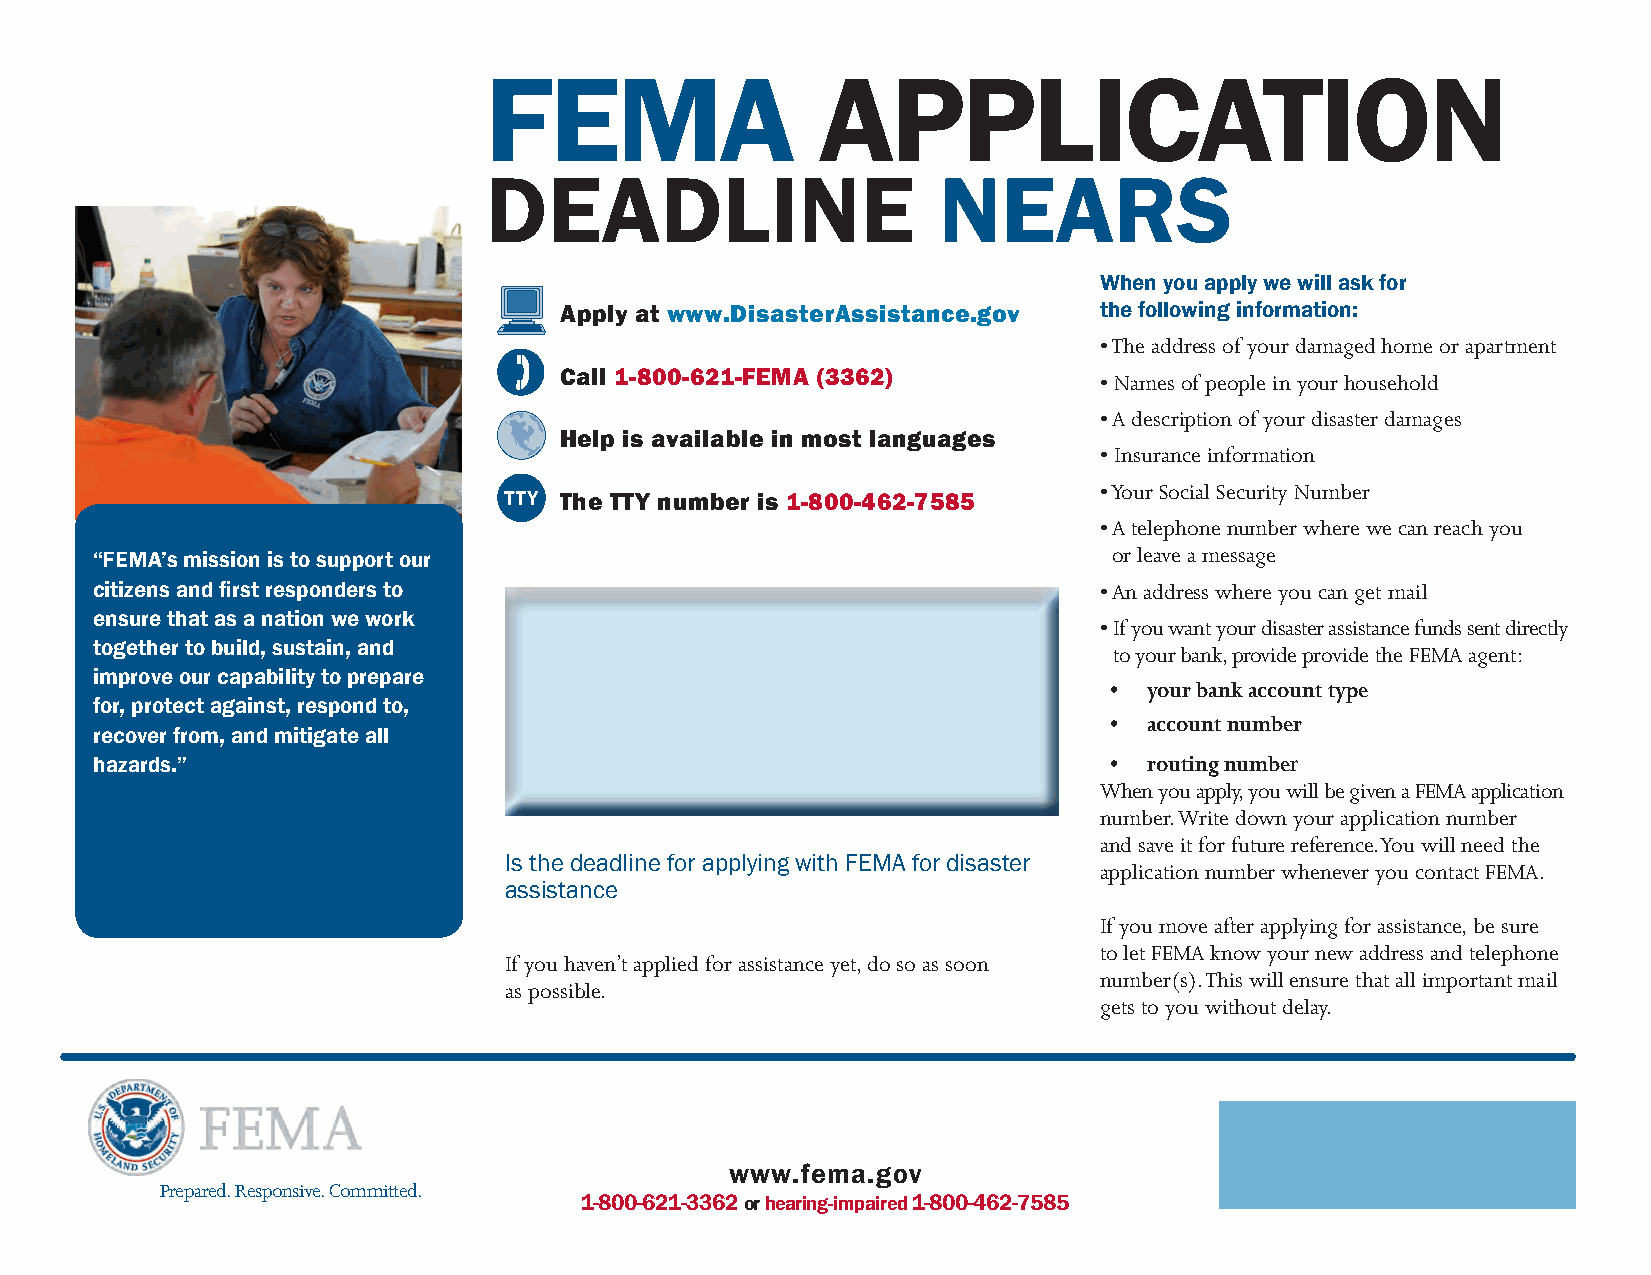
FEMA                  APPLICATION
 DEADLINE                      NEARS
 When you apply we will ask for
 Apply at www.DisasterAssistance.gov the following information:
 • The address of your damaged home or apartment
 Call 1-800-621-FEMA (3362)          • Names of people in your household
 • A description of your disaster damages
 Help is available in most languages
 • Insurance information
 • Your Social Security Number
 The TTY number is 1-800-462-7585
 • A telephone number where we can reach you
 or leave a message
 “FEMA’s mission is to support our
 citizens and first responders to                                   • An address where you can get mail
 ensure that as a nation we work
 • If you want your disaster assistance funds sent directly
 together to build, sustain, and                                     to your bank, provide provide the FEMA agent:
 improve our capability to prepare
 •  your bank account type
 for, protect against, respond to,
 •  account number
 recover from, and mitigate all
 hazards.”                                                          •  routing number
 When you apply, you will be given a FEMA application
 number. Write down your application number
 and save it for future reference. You will need the
 Is the deadline for applying with FEMA for disaster
 application number whenever you contact FEMA.
 assistance
 If you move after applying for assistance, be sure
 to let FEMA know your new address and telephone
 If you haven’t applied for assistance yet, do so as soon
 number(s). This will ensure that all important mail
 as possible.
 gets to you without delay.
 www.fema.gov
 Prepared. Responsive. Committed.
 1-800-621-3362 or hearing-impaired 1-800-462-7585